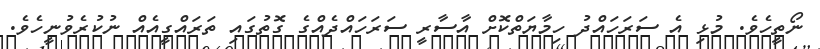
ނޯތީހެވެ. މުޅި އެ ސަރަހައްދު ހިމާޔަތްކޮށް އާސާރީ ސަރަހައްދެއްގެ ގޮތުގައި ތަރައްގީއެއް ނުކުރެވުނީހެވެ.